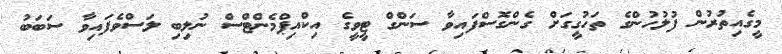
މީގެއިތުރުން ފުލުހުންގެ ތަހުގީގަށް ގެންގޮސްފައިވާ ސަންގް ޓީވީގެ އިކްއިޕްމެންޓްސް ނުލިބި ލަސްވެފައިވާ ސަބަބު